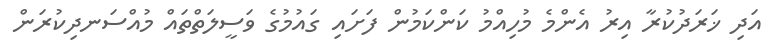
އަދި ޚަރަދުކުރާ އިރު އެންމެ މުހިއްމު ކަންކަމުން ފަށައި ގައުމުގެ ވަސީލަތްތައް މުއްސަނދިކުރަން